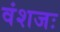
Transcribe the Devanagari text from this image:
वंशजः